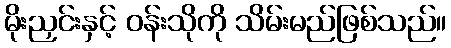
မိုးညှင်းနှင့် ဝန်းသိုကို သိမ်းမည်ဖြစ်သည်။